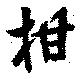
柑